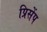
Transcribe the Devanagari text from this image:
प्रिसेंप